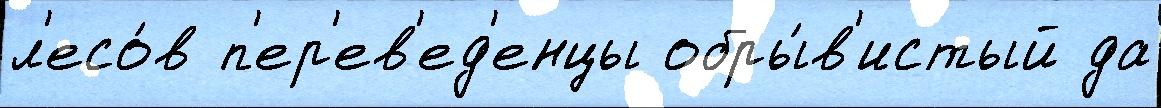
л'есо́в п'ер'ев'ед'енцы обры́в'истый да